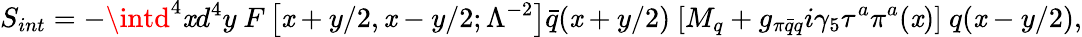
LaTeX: S_{int}=-\intd^{4}\mathit{x}d^{4}y\ F\left[\mathit{x}+y/2,\mathit{x}-y/2;\Lambda^{-2}\right]\bar{{q}}(\mathit{x}+y/2)\ [M_{q}+g_{\pi\bar{{q}}q}i\gamma_{5}\tau^{a}\pi^{a}(\mathit{x})]\ q(\mathit{x}-y/2),